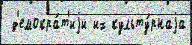
 д'емокра́т'иjи их культу́рнаjа